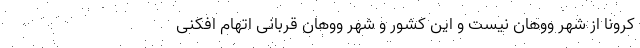
کرونا از شهر ووهان نیست و این کشور و شهر ووهان قربانی اتهام افکنی